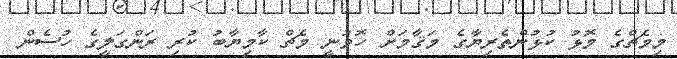
މިމެޗްގެ މޮޅު ކުޅުންތެރިޔާގެ މަޤާމަށް ހޮވުނީ މެޗް ކާމިޔާބު ކުރި ރަންގަލީގެ ހުސެން